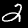
Digit: 2